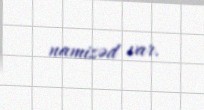
namizəd var.